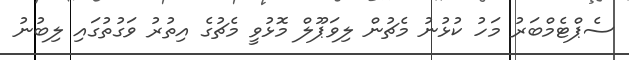
ސެޕްޓެމްބަރު މަހު ކުޅުނު މެޗުން ލިވަޕޫލް މޮޅުވީ މެޗުގެ އިތުރު ވަގުތުގައި ލިބުނު